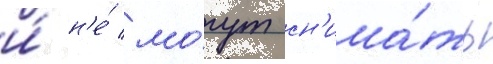
и́ н'е́ мо́гут сн'има́ть